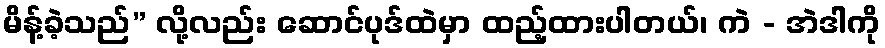
မိန့်ခဲ့သည်” လို့လည်း ဆောင်ပုဒ်ထဲမှာ ထည့်ထားပါတယ်၊ ကဲ - အဲဒါကို